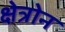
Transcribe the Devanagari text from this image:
क्षेत्रोन